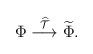
LaTeX: \begin{align*}\Phi \stackrel{\widehat{\cal T}}{\longrightarrow} \widetilde \Phi.\end{align*}